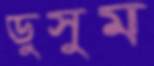
ডুসুম